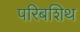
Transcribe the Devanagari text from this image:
परिबशिथ